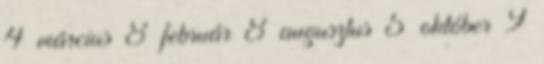
4 március 8 február 8 augusztus 5 október 9